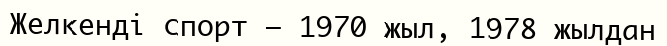
Желкенді спорт — 1970 жыл, 1978 жылдан